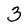
Character: 3